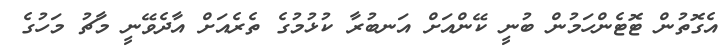
އެގޮތުން ޓޮޓެންހަމުން ބުނީ ކޭންއަށް އަނބުރާ ކުޅުމުގެ ތެރެއަށް އާދެވޭނީ މާޗު މަހުގެ